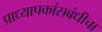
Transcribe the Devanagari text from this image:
प्राध्यापकांसबंधीचा